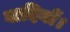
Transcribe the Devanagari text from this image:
वादियों।